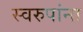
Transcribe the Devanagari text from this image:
स्वरुपांना